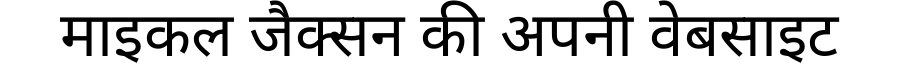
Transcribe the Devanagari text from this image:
माइकल जैक्सन की अपनी वेबसाइट